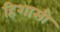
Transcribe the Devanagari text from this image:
हिशासी